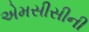
એમસીસીની